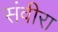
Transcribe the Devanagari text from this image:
संवीरा